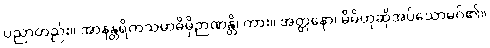
ပညာတည်း။ အာနန္တရိကသမာဓိမှိဉာဏန္တိ၊ ကား။ အတ္တနော၊ မိမိဟုဆိုအပ်သောမဂ်၏။